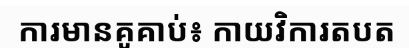
ការមានគូគាប់៖ កាយវិការតបត